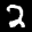
Label: 2